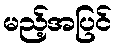
မည့်အပြင်